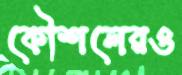
কৌশলেরও